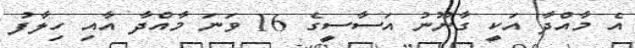
އެ މާއްދާ އަކީ ގާނޫނު އަސާސީގެ 16 ވަނަ މާއްދާ އާއި ހިލާފު